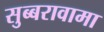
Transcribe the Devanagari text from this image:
सुब्बरावामा